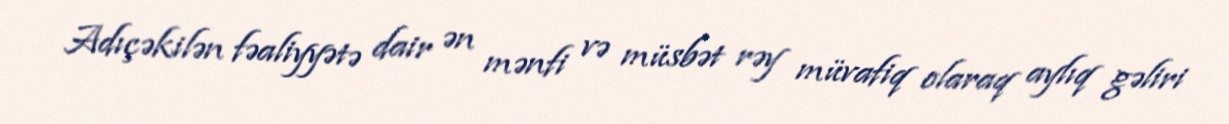
Adıçəkilən fəaliyyətə dair ən mənfi və müsbət rəy müvafiq olaraq aylıq gəliri